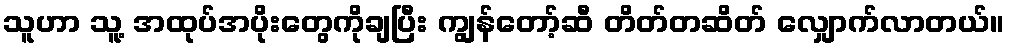
သူဟာ သူ့ အထုပ်အပိုးတွေကိုချပြီး ကျွန်တော့်ဆီ တိတ်တဆိတ် လျှောက်လာတယ်။